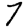
Digit: 7